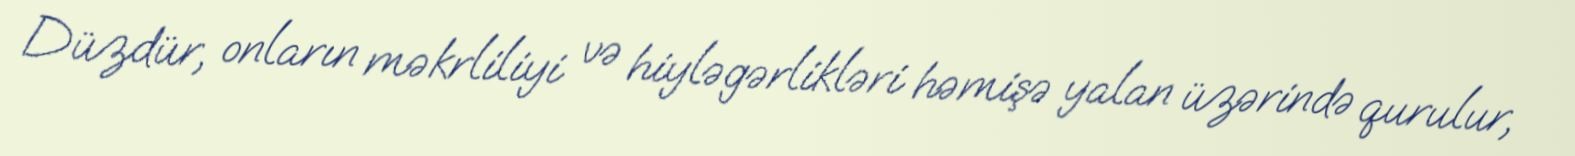
Düzdür, onların məkrliliyi və hiyləgərlikləri həmişə yalan üzərində qurulur,